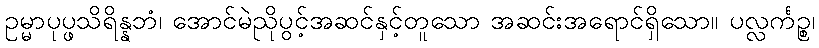
ဥမ္မာပုပ္ဖသိရိန္နဘံ၊ အောင်မဲညိုပွင့်အဆင်နှင့်တူသော အဆင်းအရောင်ရှိသော။ ပလ္လင်္ကဉ္စ၊